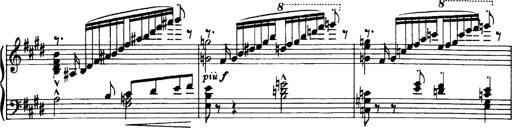
Title: OuvertÃ¼re zu TannhÃ¤user
Composer: Franz Liszt